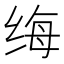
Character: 𫄩